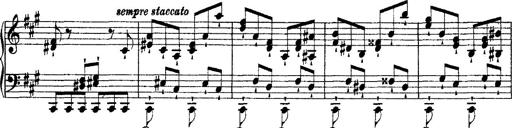
Title: 2 KonzertetÃ¼den
Composer: Franz Liszt